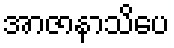
အာဇာနာသိပေ